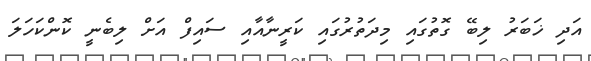
އަދި ޚަބަރު ލިބޭ ގޮތުގައި މިދަތުރުގައި ކަރީނާއާއި ސައިފް އަށް ލިބެނީ ކޮންކަހަލަ